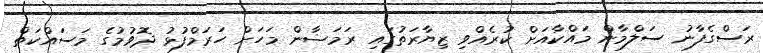
ރަސްގެފާނު ސަލްމާން މައްކާއަށް ކުރެއްވި ޒިޔާރަތުގައި ރަމަޟާން މަހަށް ހަރަމްފުޅު ދޮވުމުގެ މަސައްކަތް